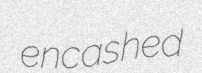
encashed